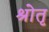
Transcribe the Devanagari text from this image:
श्रोतृ